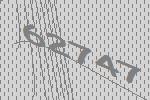
62747